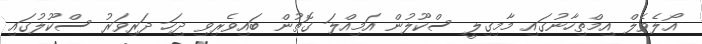
އޯލެވެލް އިމްތިހާނުގައި މާމިގިލީ ސްކޫލުން އަމިއްލަ ގޮތުން ބައިވެރިވި ދިހަ ދަރިވަރު ސްކޫލުގައި